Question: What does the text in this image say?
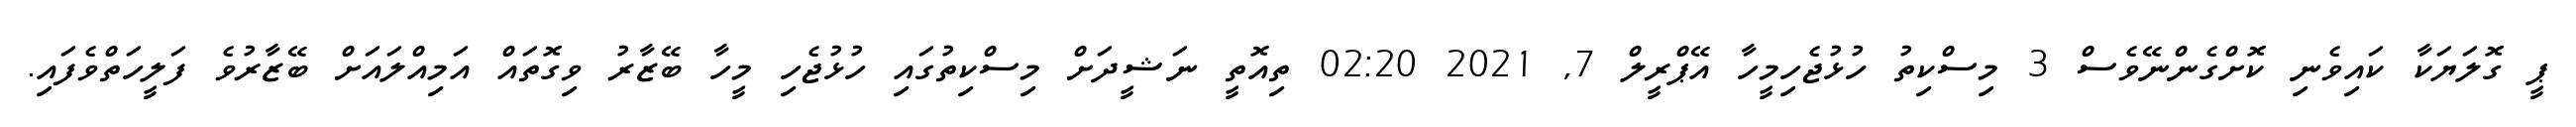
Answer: ޕީ ގޮލަޔަކާ ކައިވެނި ކޮށްގެންނޭވެސް 3 މިސްކިތު ހުޅުޖެހިމީހާ އޭޕްރީލް 7, 2021 02:20 ތިއޮތީ ނަޝީދަށް މިސްކިތުގައި ހުޅުޖެހި މީހާ ބޭޒާރު ވިގޮތައް އަމިއްލައަށް ބޭޒާރުވެ ފަލީހަތްވެފައި.